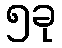
၅ခု